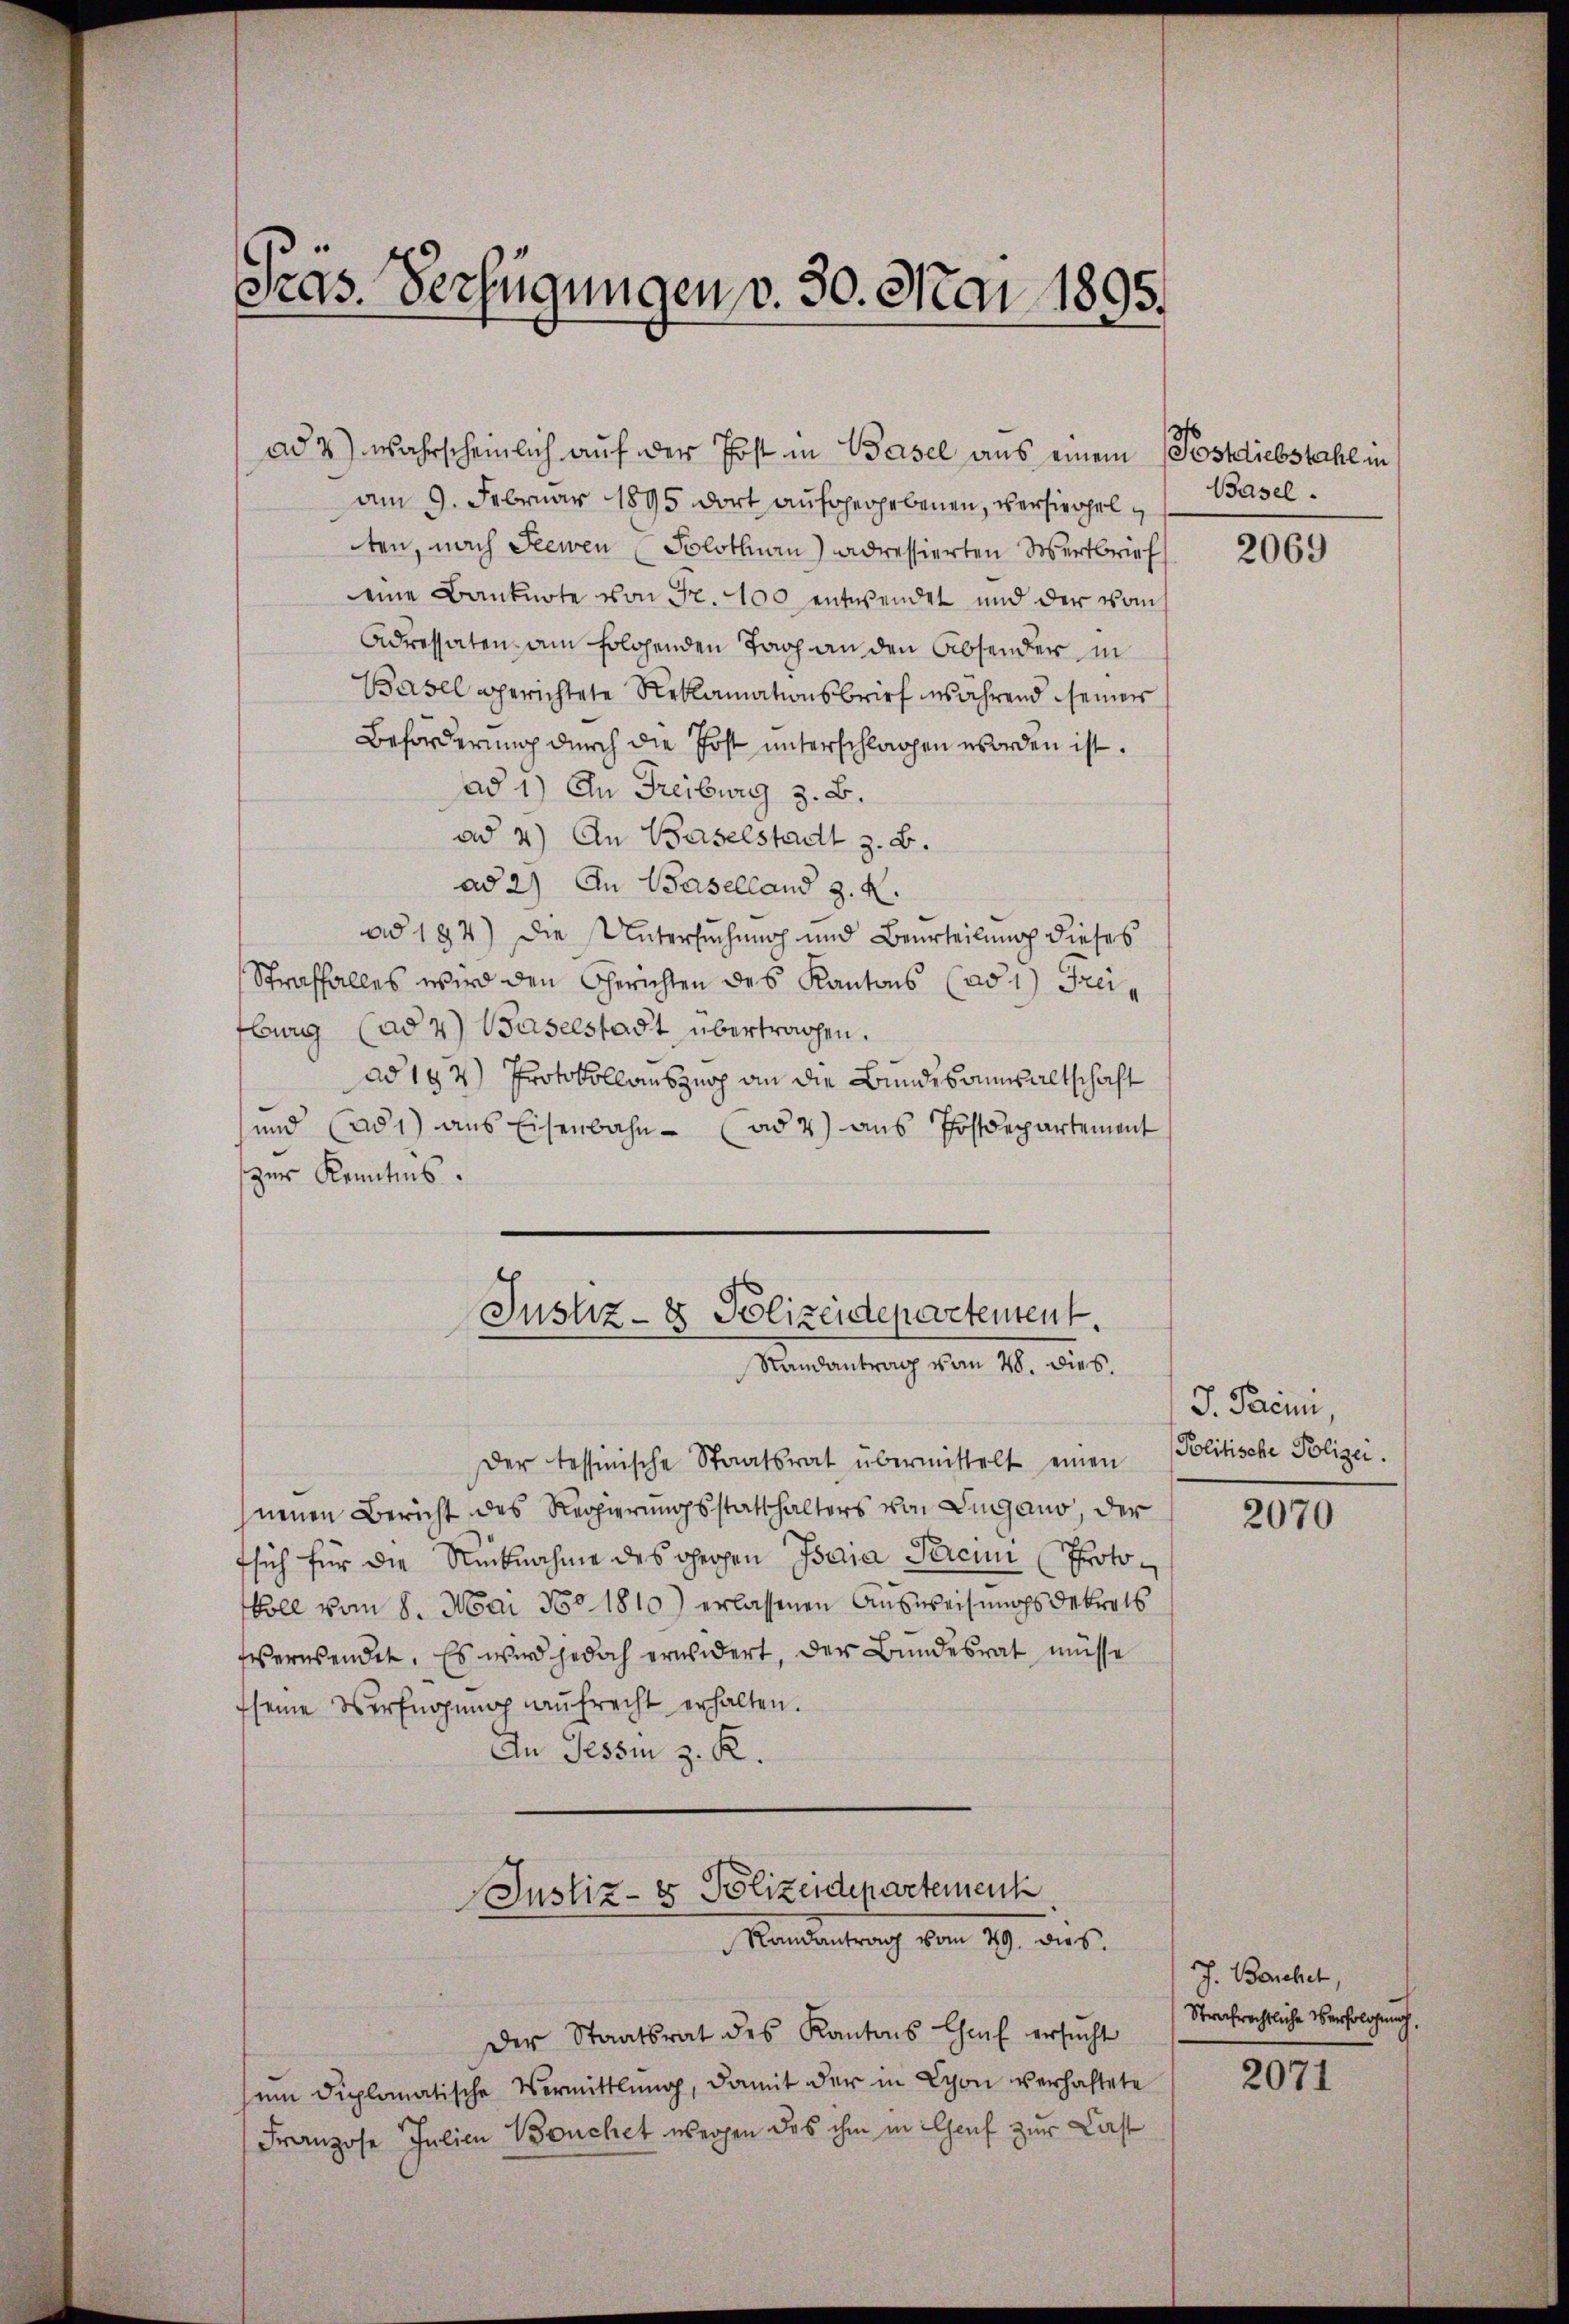
Pras. Verfügungen v. 30. Mai 1895.

ten, nach Seewen Solothurn) adressierten Sobertbrief
eine Banknote von Fr. 100 entwendet und der vom
Adressaten am folgenden Fach an den Absender in
Basel gerichtete Reklamationsbrief insährend seiner
Beförderung durch die Post unterschlagen worden ist.
ad 1) An Freiburg z. B.
ad 4) An Baselstadt z. B.
ad 2) An Baselland z. B.
ad 184) Die Untersuchung und Beurteilung dieses
Straffalles wird den Gerichten des Kantons (ad 1) Freiburg (ad 4) Baselstadt übertragen.
ad 192) Protokollauszug an die Bundesaumsaltschaft
und (ad1) aus Eisenbahn- (ad 7) aus Postdepartement
zur Kenntnis.

am 9. Februar 1895 dort aufgegebenen, versiegel

ad 2) wahrscheinlich auf der Post in Basel aus einem (Postdiebstahl in

Justiz- & Polizeideparatentent.
Randantrag vom 28. dies.

Justiz- & Polizeidepartement
Randantrag vom 29. dies

Der tessinische Staatsrat übermittelt einen
neuen Bericht des Regierungsstatthalters von Lugano, der
fsich für die Rücknahme des gegen Isaja Berein (Protokoll vom 8. Mai 180. 1810) erlassenen Ausweisungsdekrets
verwendet. Es wird jedoch erwidert, der Bundesrat, müsse
seine Verfügung aŭfrecht erhalten.
An Tessin z. K.

Der Staatsrat des Kantons Chef ersŭcht
em diplomatische Vermittlung, damit der in Lyon verhaftete
Franzose Julien Bouchet wegen des ihm in Genf zur Last

Basel.

2069

J. Parein,
Politische Polizei.

2070

J. Banchet,
Strafrechtliche Verfolgung,

2071